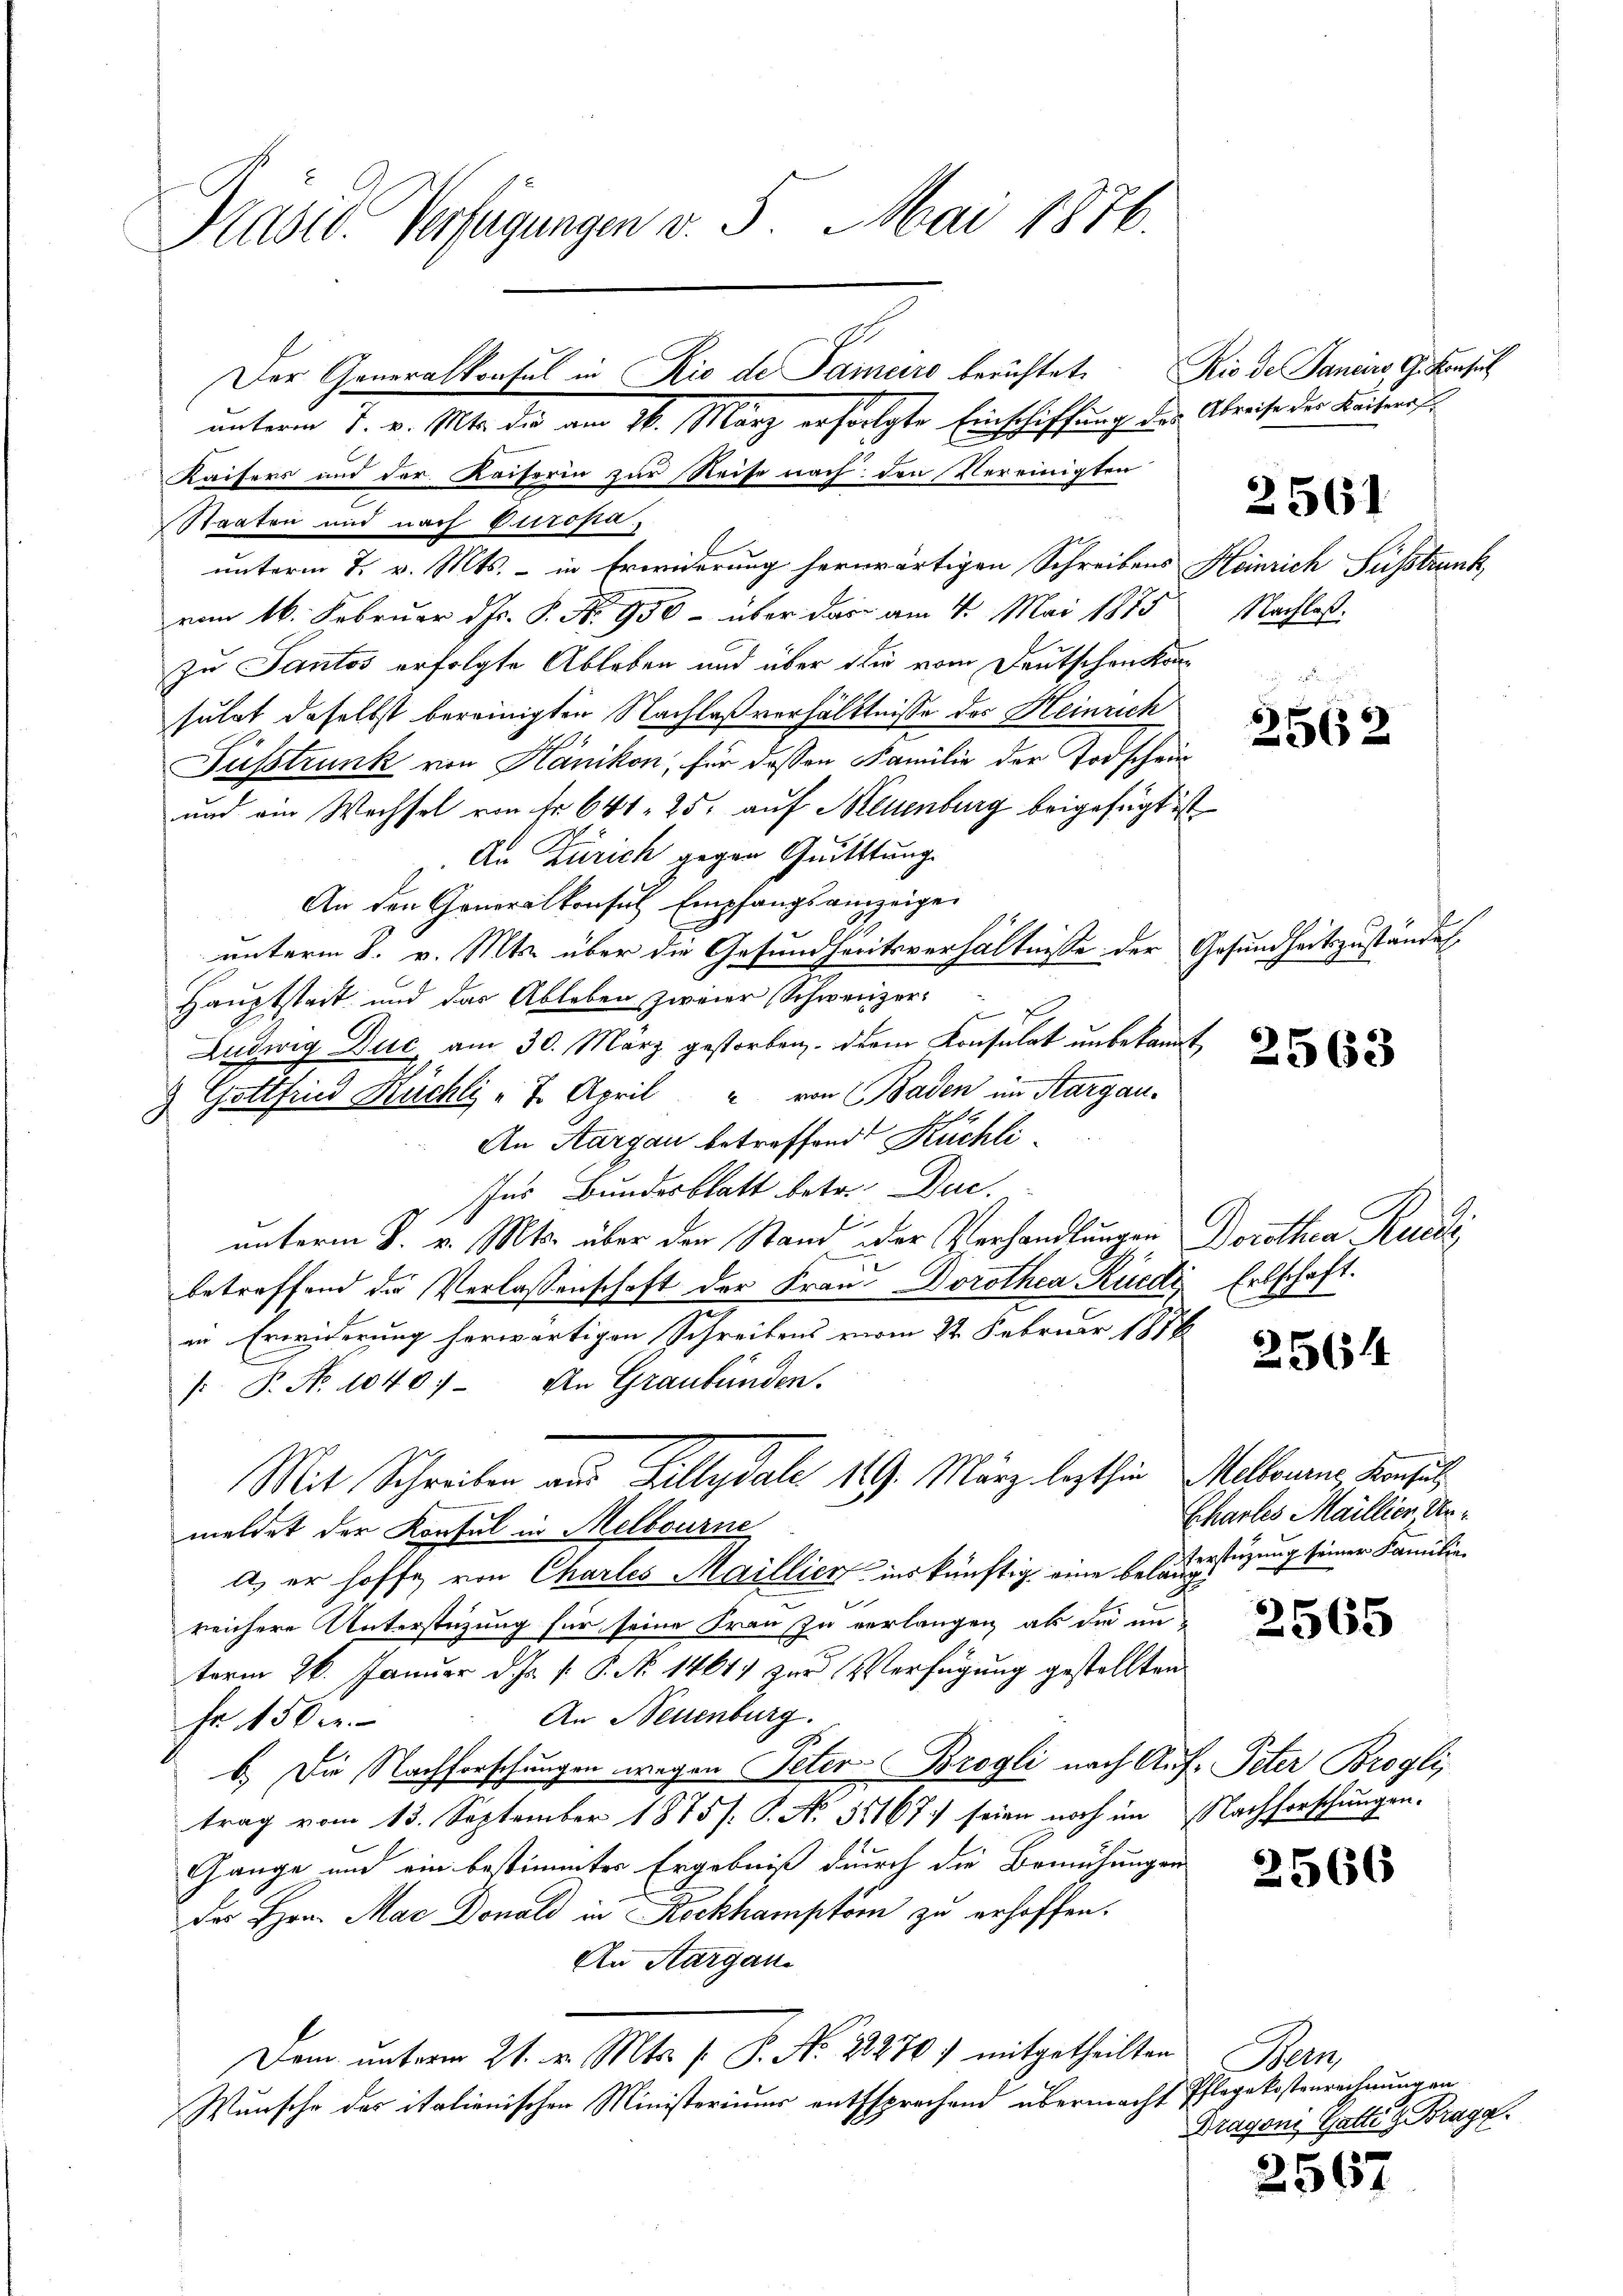
Präses Verfügungen v. 5. Mai 1876.

unterm 7. v. Mts. die am 26. März erfolgte Einschiffung des Abreise der Keiteröf¬
Kaisers und der Kaiserin zur Reise nach den Vereinigten
Staaten und nach Ottrosa,
unterm 7. v. Mts. - in Erwiderung herwärtigen Schreibens Heinrich Fußstrunk
vom 16. Februar d. Js. P. Nr. 950 - über das am 4. Mai 1875
zu Santos erfolgte Ableben und über die vom Deutschenkomsulat daselbst bereinigten Nachlaßverhältnisse des Heinrich
Fusstrunk von Hänikon, für dessen Familie der Todschein
und ein Wachsel von Fr. 641. 25. auf Neuenburg beigefügt ist
Au Zürich gegen Quitttung.
An den Generalkonsul Empfangsanzeigen
unterm 8. v. Mts. über die Gesundheitsverhältnisse der
Hauptstadt und das Ableben zweier Schweizer¬
Ludwig Duc am 30. März gestorben. Der Konsulat unbekannt
 Gottfried Küchli - 7. April " von Baden im Aargau.
An Aargau betreffend Kuchli¬
Ins Bundesblatt betre. Duc.
unterm 8. v. Mts. über den Stand oder Verhandlungen Dorothea Radi,
betreffend die Verlassenschaft der Frau Dorothea Rüedi Erbschaft.
in Erwiderung herwärtigen Schreibens vom 24. Februar 187
 P. No. 1040. - An Graubünden.
Mit Schreiben aus Gillydale 119. März lezthin Mellung, Konsul
meldet der Konsul in Melbourne
a) er hoffe von Charles Maillier ins künftig eine beladerstüzung seiner Familie
reichere Unterstüzung für seine Frau zu verlangen, als die un-
term 26. Januar d. Js. v. P. Nr. 1464) zur Verfügung gestellten
An Neuenburg.
Fr. 150 r.
b.) Die Nachforschungen wegen Peter Brogli nach Auf- Peter Brogli,
trag vom 13. September 1875 /: P. Nr. 55167. seien noch im Nachforschungen.
Gange und ein bestimmtes Ergebniß durch die Bemühungen
des Hrn. Max Donald in Rockhamptom zu erhoffen.
An Aargau
Dem unterm 21. v. Mts. f. P. Nr. 2270.) mitgetheilten
Wunsche des italienischen Ministeriums entsprechend übermacht Pflegekostenrechnungen

Der Generalkonsul in Rio de Pamciro berichtete Rio de Januars G. Konsul

2561

Nachlaß.

2562

Gesundheitsgestruct

2563

2564

Chartes Maillien Un¬

2565

2566

2567

Ba
Dragoni Gatte & Brag.